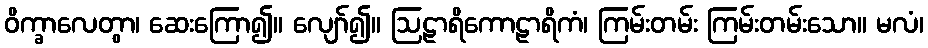
ဝိက္ခာလေတွာ၊ ဆေးကြော၍။ လျော်၍။ ဩဠာရိကောဠာရိကံ၊ ကြမ်းတမ်း ကြမ်းတမ်းသော။ မလံ၊